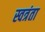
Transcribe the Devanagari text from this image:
स्वत्रंता